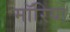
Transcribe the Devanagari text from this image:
मॉरिया